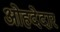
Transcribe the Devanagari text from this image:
ओहदेदार